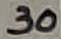
Text: 30